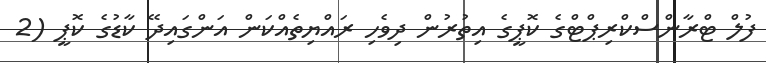
ފުލް ޓްރާންސްކްރިޕްޓްގެ ކޮޕީގެ އިތުރުން ދިވެހި ރައްޔިތެއްކަން އަންގައިދޭ ކާޑުގެ ކޮޕީ (2